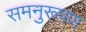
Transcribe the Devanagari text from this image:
समनुरूपण